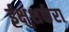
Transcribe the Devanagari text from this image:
ईक्षुशर्करा